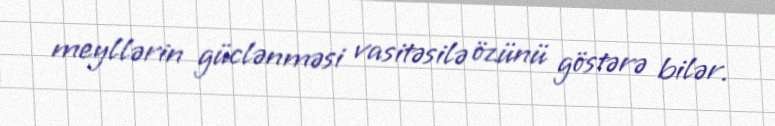
meyllərin güclənməsi vasitəsilə özünü göstərə bilər.